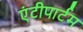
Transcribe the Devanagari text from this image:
एंटीपार्टम